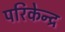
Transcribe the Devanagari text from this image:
परिकेन्द्र